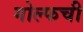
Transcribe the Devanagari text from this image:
गोल्फची